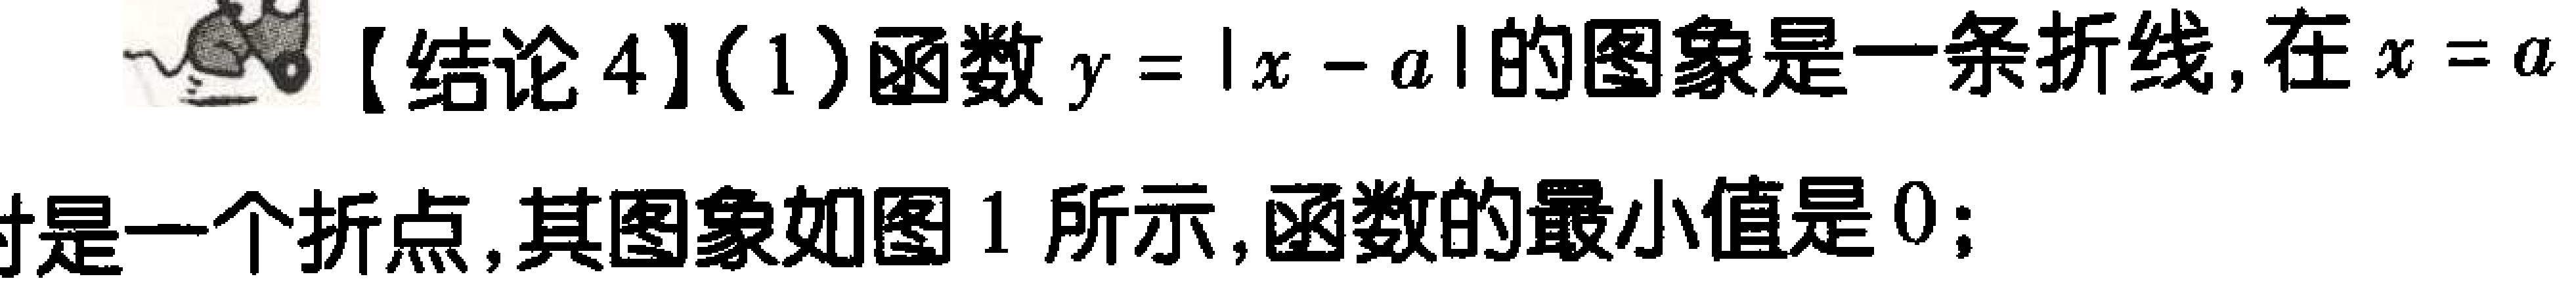
【结论4】(1)函数\(y = |x - a|\)的图象是一条折线,在\(x = a\)时是一个折点,其图象如图1所示,函数的最小值是\(0\);